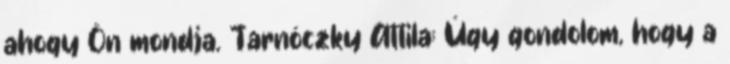
ahogy Ön mondja. Tarnóczky Attila: Úgy gondolom, hogy a